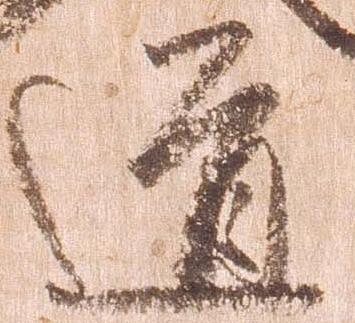
道